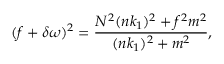
( f + \delta \omega ) ^ { 2 } = \frac { N ^ { 2 } ( n k _ { 1 } ) ^ { 2 } + f ^ { 2 } m ^ { 2 } } { ( n k _ { 1 } ) ^ { 2 } + m ^ { 2 } } ,